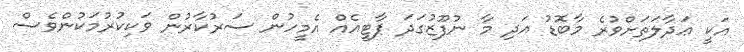
އަކީ ޢަދާލަތަށްވުރެ މާބޮޑު އަދި މާ ނުފޫޒުގަދަ ޕާޓީއެއް އެމީހުން ސަރުކާރުން ވަކިކުރުމަކުންވެސް